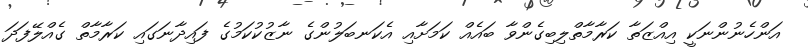
އަންހެނުންނަކީ އިއްޒަތާ ކަރާމާތްލިބިގެންވާ ބައެއް ކަމަށާއި އެކަނބަލުންގެ ނާޒުކުކަމުގެ ފައިދާނަގައި ކަރާމާތް ގެއްލޭފަދަ